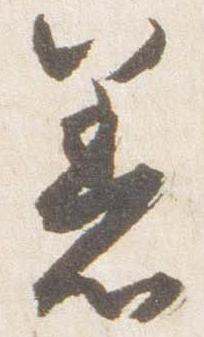
着